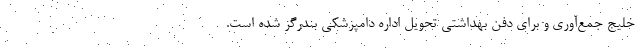
خلیج جمع‌آوری و برای دفن بهداشتی تحویل اداره دامپزشکی بندرگز شده است.